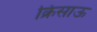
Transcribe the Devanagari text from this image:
क्रिसाऊ